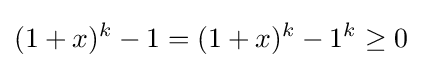
(1+x)^{k}-1=(1+x)^{k}-1^{k}\geq 0